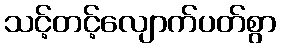
သင့်တင့်လျောက်ပတ်စွာ